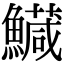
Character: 𩼘